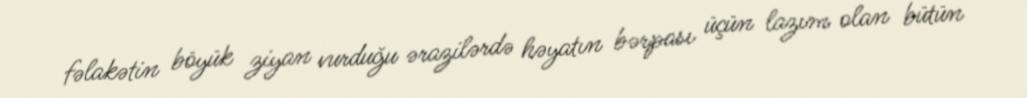
fəlakətin böyük ziyan vurduğu ərazilərdə həyatın bərpası üçün lazım olan bütün